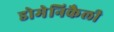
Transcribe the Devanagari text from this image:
डोमेनिकैली